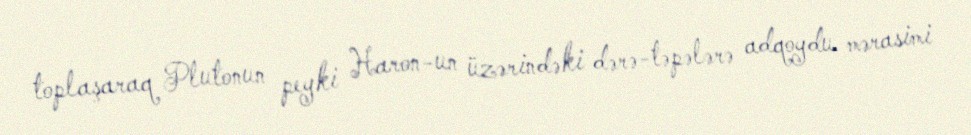
toplaşaraq Plutonun peyki Haron-un üzərindəki dərə-təpələrə adqoydu mərasimi